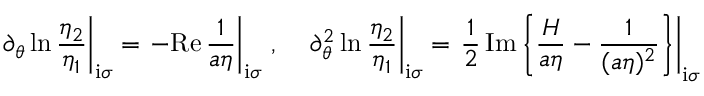
\left. \partial _ { \theta } \ln \frac { \eta _ { 2 } } { \eta _ { 1 } } \right| _ { \mathrm { i } \sigma } = \left. - \mathrm { R e } \, \frac { 1 } { a \eta } \right| _ { \mathrm { i } \sigma } \, , \quad \left. \partial _ { \theta } ^ { 2 } \ln \frac { \eta _ { 2 } } { \eta _ { 1 } } \right| _ { \mathrm { i } \sigma } = \left. \frac { 1 } { 2 } \, \mathrm { I m } \left\{ \frac { H } { a \eta } - \frac { 1 } { ( a \eta ) ^ { 2 } } \right\} \right| _ { \mathrm { i } \sigma }